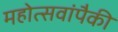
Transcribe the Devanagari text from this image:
महोत्सवांपैकी